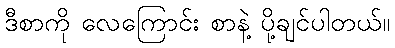
ဒီစာကို လေကြောင်း စာနဲ့ ပို့ချင်ပါတယ်။